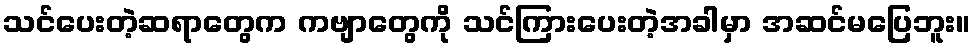
သင်ပေးတဲ့ဆရာတွေက ကဗျာတွေကို သင်ကြားပေးတဲ့အခါမှာ အဆင်မပြေဘူး။